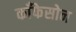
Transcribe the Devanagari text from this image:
काँफेसोन